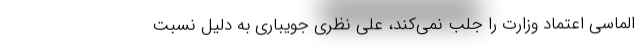
الماسی اعتماد وزارت را جلب نمی‌کند، علی نظری جویباری به دلیل نسبت